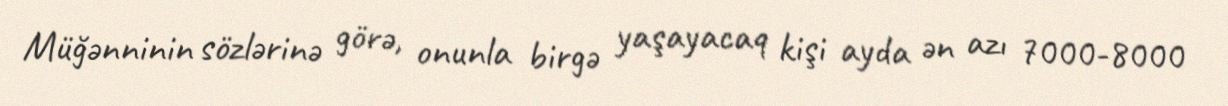
Müğənninin sözlərinə görə, onunla birgə yaşayacaq kişi ayda ən azı 7000-8000